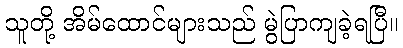
သူတို့ အိမ်ထောင်များသည် မွဲပြာကျခဲ့ရပြီ။